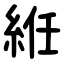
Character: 絍